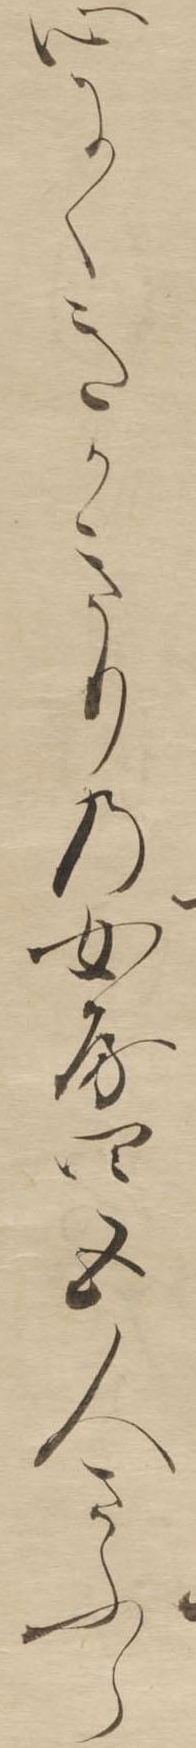
心にくきかきりの女房四五人さふら